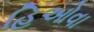
હિઓવા